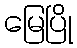
မြေပြို